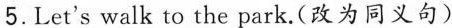
5. Let's walk to the park.(改为同义句)